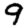
Digit: 9